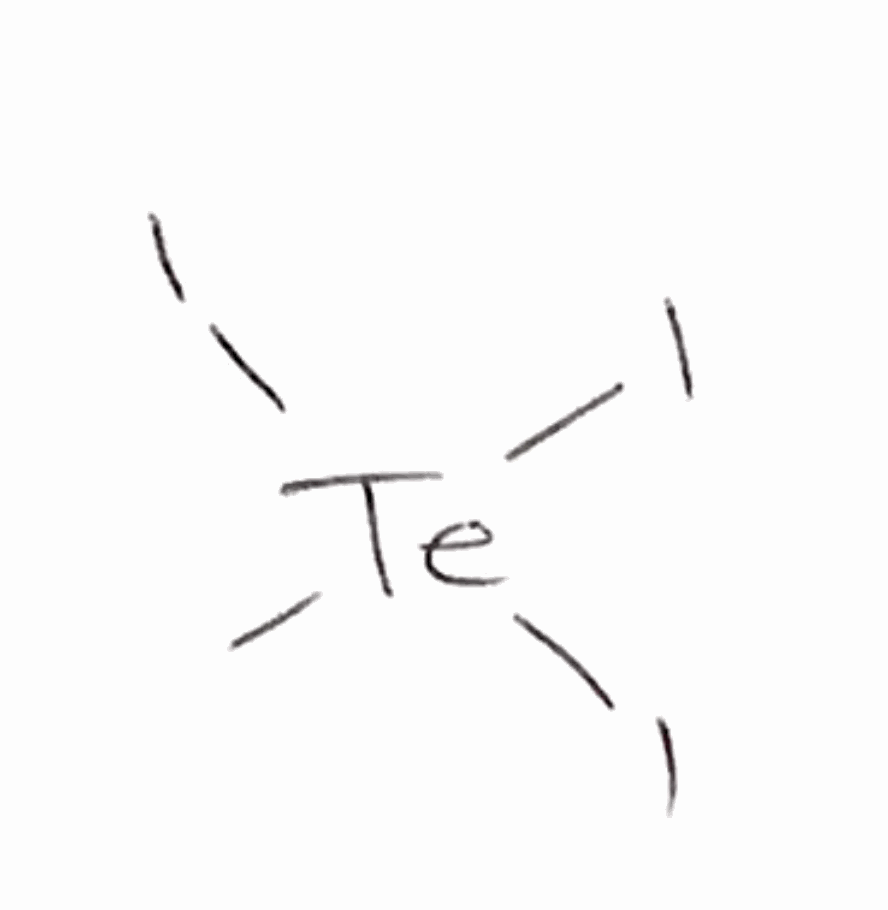
Simplified molecular-input line-entry system (SMILES) notation of the given molecule:
C[Te](I)(I)I